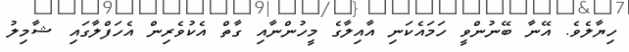
ހިޔާލެވެ. އޭނާ ބޭނުންވީ ހަމައެކަނި އާއިލާގެ މީހުންނާއި ގާތް އެކުވެރިން އެހަފްލާގައި ޝާމިލު